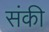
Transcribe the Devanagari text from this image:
संकी